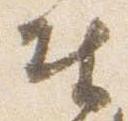
奉